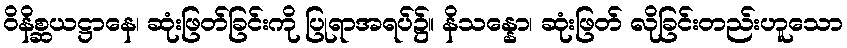
ဝိနိစ္ဆယဋ္ဌာနေ၊ ဆုံးဖြတ်ခြင်းကို ပြုရာအရပ်၌။ နိသန္နော၊ ဆုံးဖြတ် လိုခြင်းတည်းဟူသော